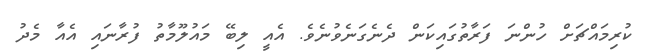
ކުރިމައްޗަށް ހުންނަ ފަރާތުގައިކަން ދެނެގަނެވުނެވެ. އެއީ ލިބޭ މައުލޫމާތު ފުރާނައި އެއާ މެދު